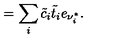
= \sum _ { i } \tilde { c } _ { i } \tilde { t } _ { i } e _ { \nu _ { i } ^ { * } } { } .